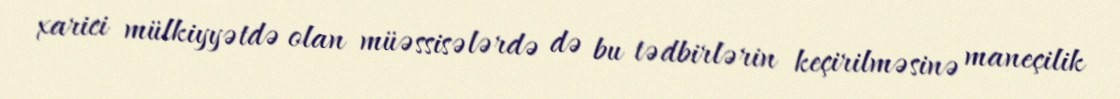
xarici mülkiyyətdə olan müəssisələrdə də bu tədbirlərin keçirilməsinə maneçilik